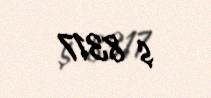
$ 8317